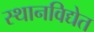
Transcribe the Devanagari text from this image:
स्थानविद्येत